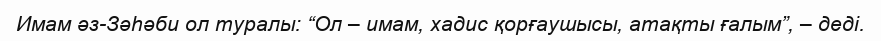
Имам әз-Зәһәби ол туралы: “Ол – имам, хадис қорғаушысы, атақты ғалым”, – деді.